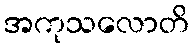
အကုသလောတိ